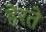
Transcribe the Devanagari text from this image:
हेरते